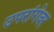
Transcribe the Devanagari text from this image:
उपरांगेवर